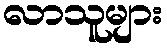
လာသူများ